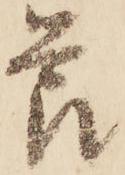
節